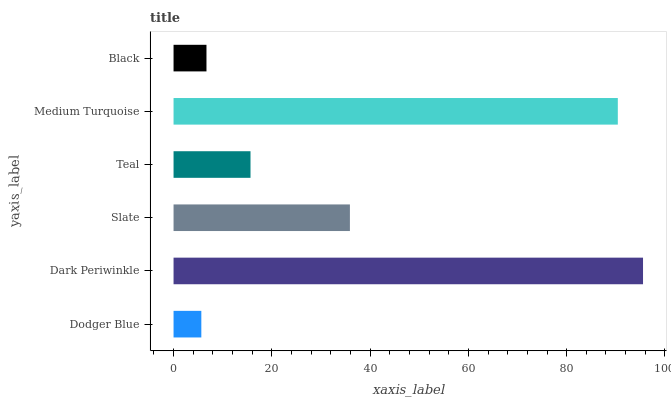
| yaxis_label | bars |
 | --- | --- |
 | Dodger Blue | 5.65 |
 | Dark Periwinkle | 95.5 |
 | Slate | 35.9 |
 | Teal | 15.7 |
 | Medium Turquoise | 90.4 |
 | Black | 6.7 |